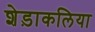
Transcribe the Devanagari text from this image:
शेड़ाकलिया